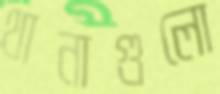
থানাগুলো